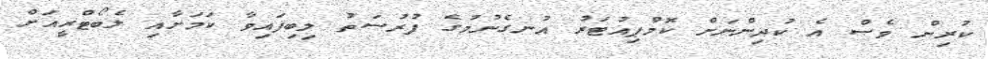
ކުރިން ވެސް އެ ކުދިންނަށް ކޮމްޕިއުޓަރު އުނގެނުމުގެ ފުރުސަތު ލިބިފައިވާ ކަމަށާއި ލެބޯޓްރީއަށް